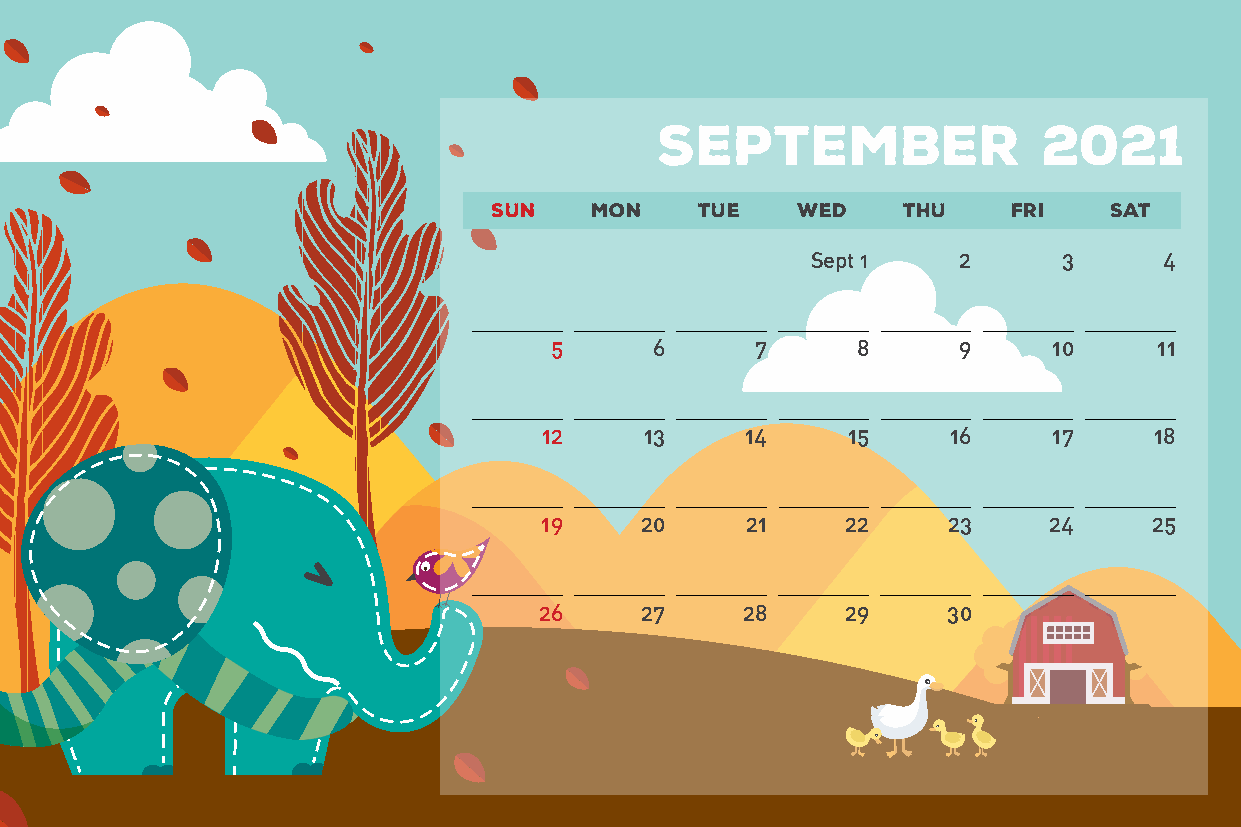
September                 2021
 SUN   MON    TUE    WED    THU    FRI   SAT
 Sept 1   2      3      4
 5      6      7      8     9      10     11
 12     13    14     15     16     17    18
 19    20     21     22     23    24     25
 26    27     28     29     30